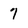
Character: 7